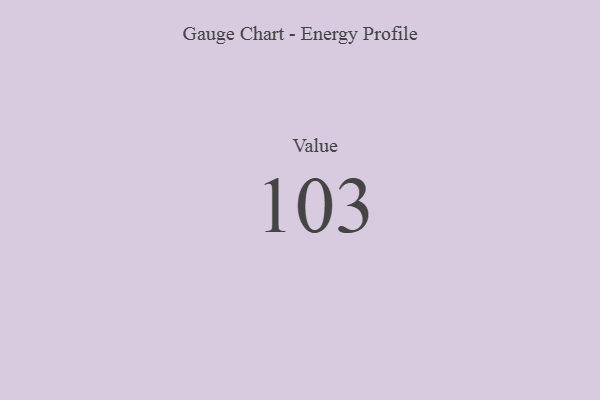
{"axis": {"x": "Metric", "y": "Value"}, "legend": [""], "data": [{"x": "Value", "y": 103, "type": ""}]}